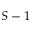
S - 1